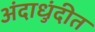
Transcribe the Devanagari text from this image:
अंदाधुंदीत